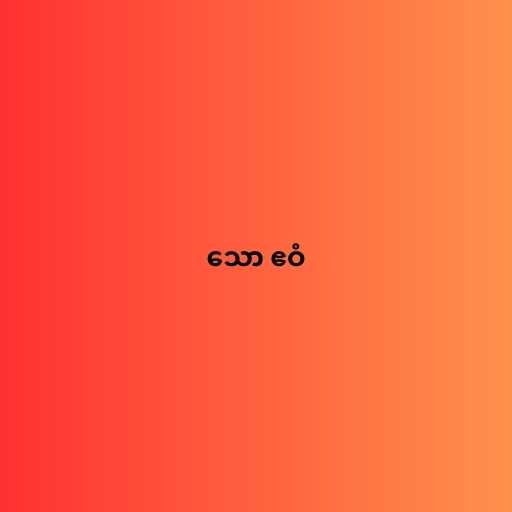
သော ဧဝံ